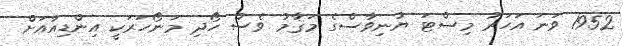
1952 ވަނަ އަހަރު މިސްޓަ ޔުނިވާސްގެ މަޤާމު ވެސް ހޯދި މަނޯހަރަކީ އިންޑިއާއަށް